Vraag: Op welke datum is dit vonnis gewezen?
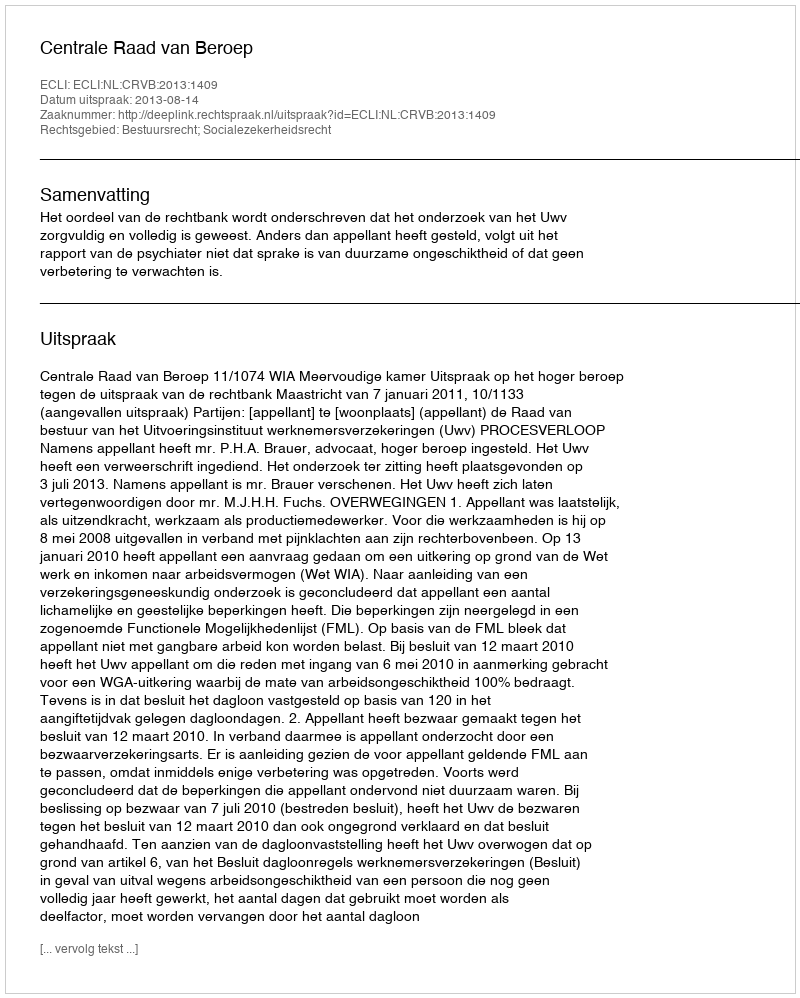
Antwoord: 2013-08-14